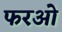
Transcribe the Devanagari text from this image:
फरओ